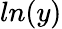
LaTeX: ln(y)